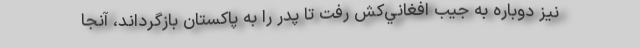
نيز دوباره به جيب افغاني‌كش رفت تا پدر را به پاكستان بازگرداند، آنجا